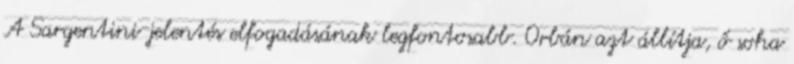
A Sargentini-jelentés elfogadásának legfontosabb. Orbán azt állítja, ő soha